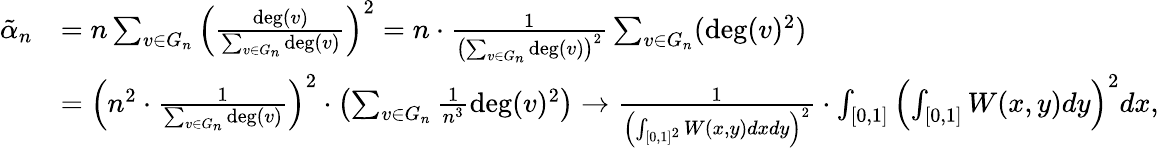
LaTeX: \begin{array}{rl}{\tilde{\alpha}_{n}}&{=n\sum_{v\in G_{n}}\left(\frac{\deg(v)}{\sum_{v\in G_{n}}\deg(v)}\right)^{2}=n\cdot\frac{1}{\left(\sum_{v\in G_{n}}\deg(v)\right)^{2}}\sum_{v\in G_{n}}(\deg(v)^{2})}\\ &{=\left(n^{2}\cdot\frac{1}{\sum_{v\in G_{n}}\deg(v)}\right)^{2}\cdot\left(\sum_{v\in G_{n}}\frac{1}{n^{3}}\deg(v)^{2}\right)\to\frac{1}{\left(\int_{[0,1]^{2}}W(x,y)dxdy\right)^{2}}\cdot\int_{[0,1]}\left(\int_{[0,1]}W(x,y)dy\right)^{2}dx,}\end{array}